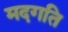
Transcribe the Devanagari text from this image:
मदगति